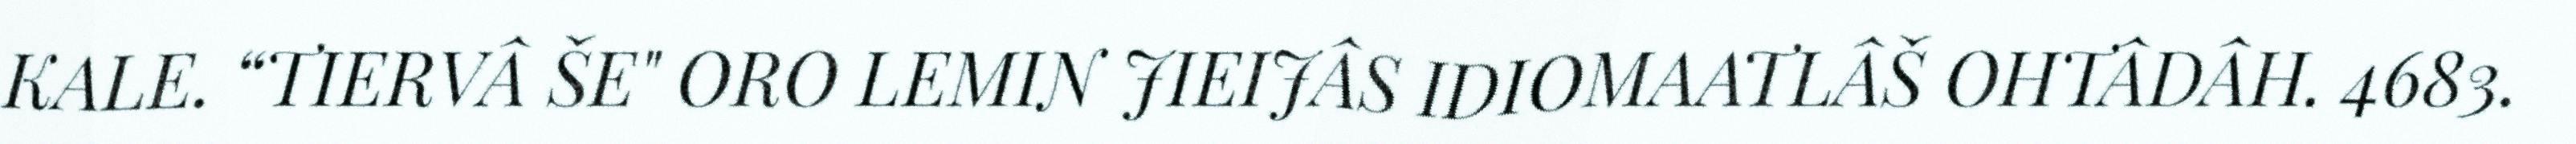
KALE. “TIERVÂ ŠE" ORO LEMIN JIEIJÂS IDIOMAATLÂŠ OHTÂDÂH. 4683.